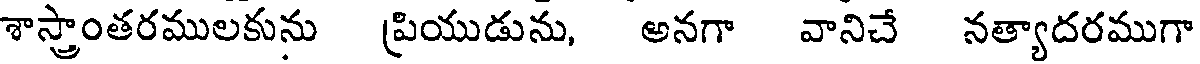
శాస్త్రాంతరములకును ప్రియుడును, అనగా వానిచే నత్యాదరముగా